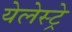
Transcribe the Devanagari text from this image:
येलेस्ट्रे